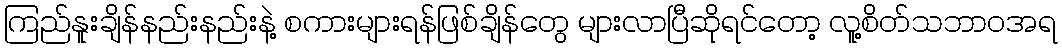
ကြည်နူးချိန်နည်းနည်းနဲ့ စကားများရန်ဖြစ်ချိန်တွေ များလာပြီဆိုရင်တော့ လူ့စိတ်သဘာဝအရ